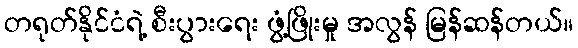
တရုတ်နိုင်ငံရဲ့ စီးပွားရေး ဖွံ့ဖြိုးမှု အလွန် မြန်ဆန်တယ်။